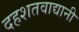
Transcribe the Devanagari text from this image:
दहशतवाद्यानी